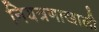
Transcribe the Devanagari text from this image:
नियत्रणाखाली